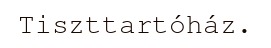
Tiszttartóház.